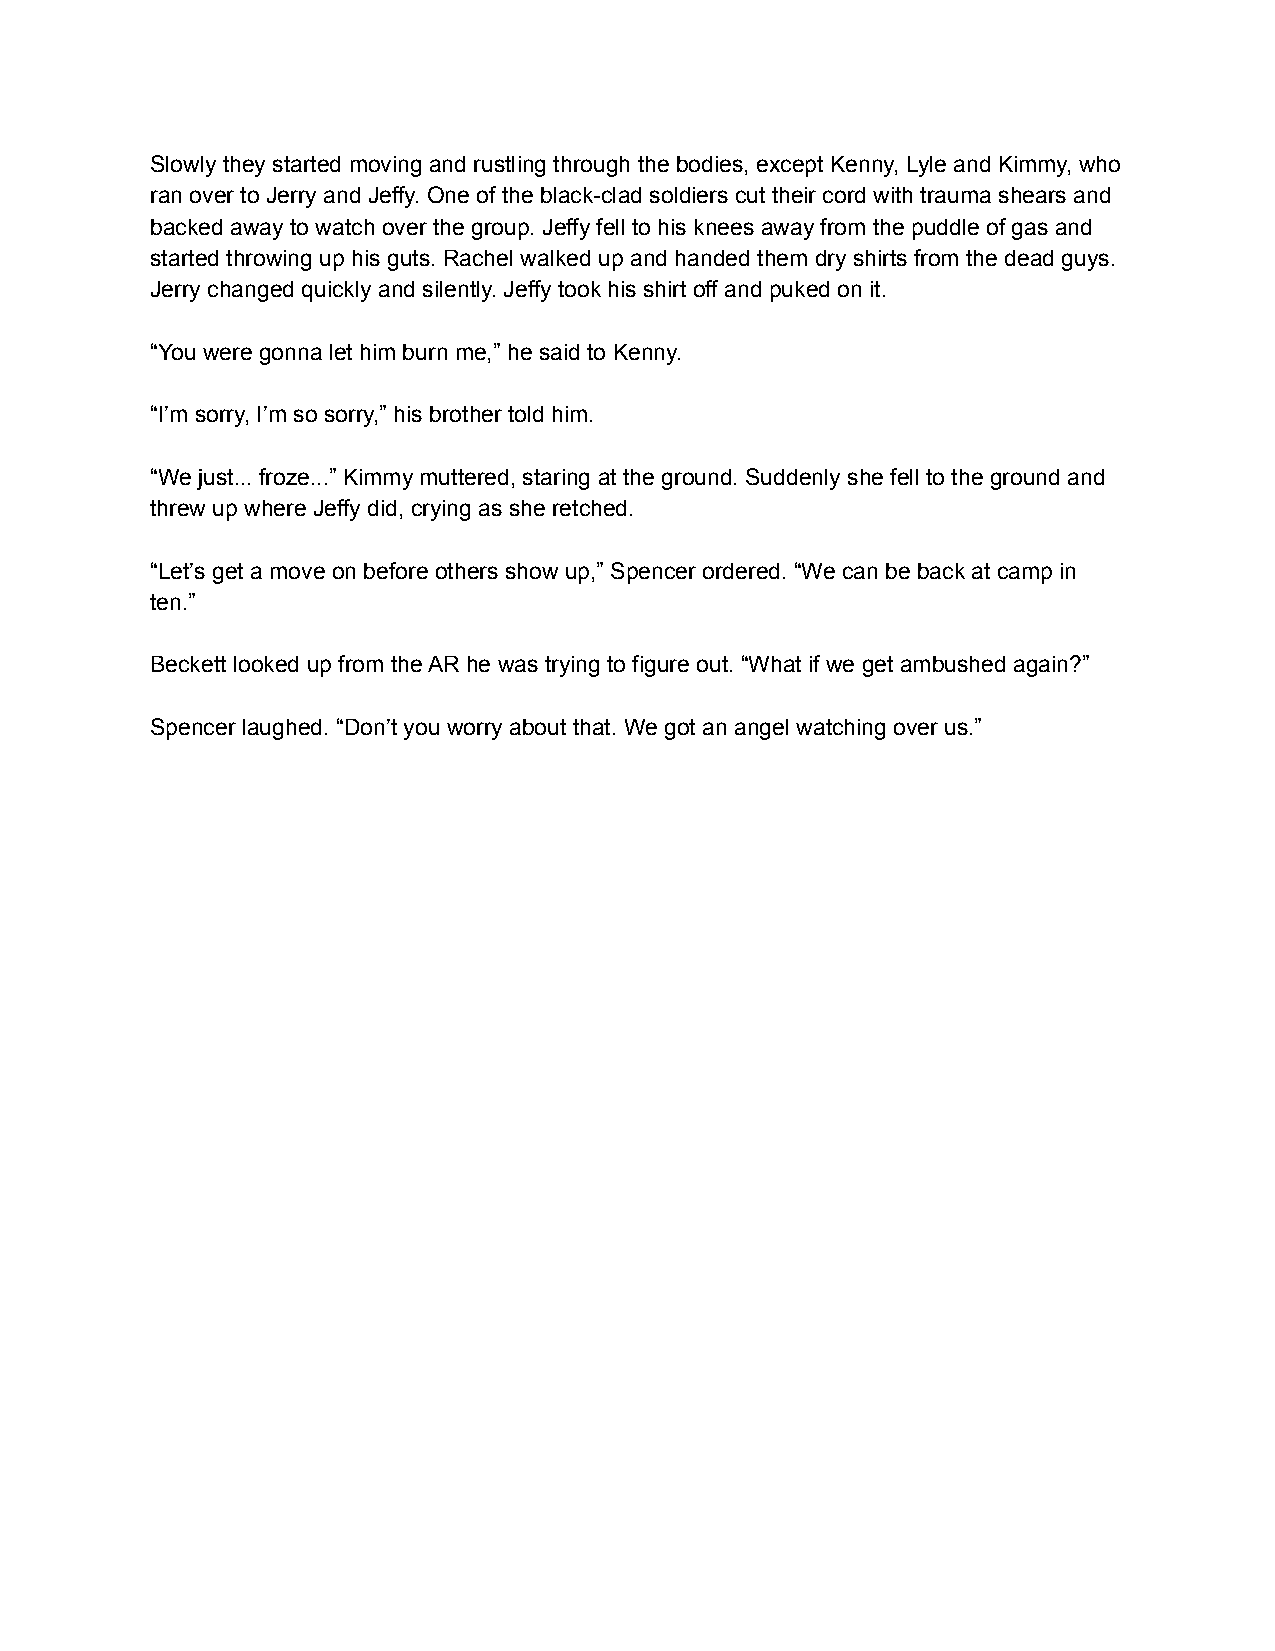
Slowly they started moving and rustling through the bodies, except Kenny, Lyle and Kimmy, who
 ran over to Jerry and Jeffy. One of the black-clad soldiers cut their cord with trauma shears and
 backed away to watch over the group. Jeffy fell to his knees away from the puddle of gas and
 started throwing up his guts. Rachel walked up and handed them dry shirts from the dead guys.
 Jerry changed quickly and silently. Jeffy took his shirt off and puked on it.
 “You were gonna let him burn me,” he said to Kenny.
 “I’m sorry, I’m so sorry,” his brother told him.
 “We just... froze...” Kimmy muttered, staring at the ground. Suddenly she fell to the ground and
 threw up where Jeffy did, crying as she retched.
 “Let’s get a move on before others show up,” Spencer ordered. “We can be back at camp in
 ten.”
 Beckett looked up from the AR he was trying to figure out. “What if we get ambushed again?”
 Spencer laughed. “Don’t you worry about that. We got an angel watching over us.”